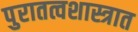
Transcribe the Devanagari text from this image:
पुरातत्वशास्त्रात